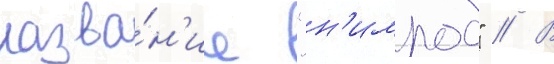
назва́н'ие "н'имрод" // В